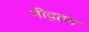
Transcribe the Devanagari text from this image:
नीद्हम